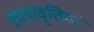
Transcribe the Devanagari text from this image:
छात्रावृत्तियां